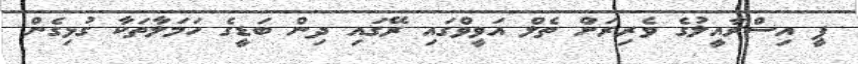
ޕީ އިސްރާއީލުގެ ވެރިރަށް ތެލް އަވީވްގައި ރޭގައި ދިން ބަޑީގެ ހަމަލާތަކާ ގުޅިގެން